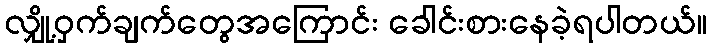
လျှို့ဝှက်ချက်တွေအကြောင်း ခေါင်းစားနေခဲ့ရပါတယ်။